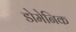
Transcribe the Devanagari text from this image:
डोमेनिक